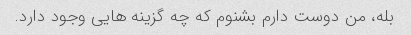
بله، من دوست دارم بشنوم که چه گزینه هایی وجود دارد.